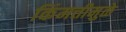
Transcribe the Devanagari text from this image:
किंमत्तीमुळे